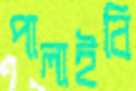
পালাইবি